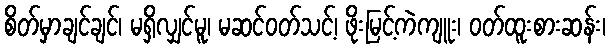
စိတ်မှာချင်ချင်၊ မရှိလျှင်မူ၊ မဆင်ဝတ်သင့်၊ ဖိုးမြင့်ကဲကျူး၊ ဝတ်ထူးစားဆန်း၊